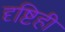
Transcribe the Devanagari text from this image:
दृष्टिही